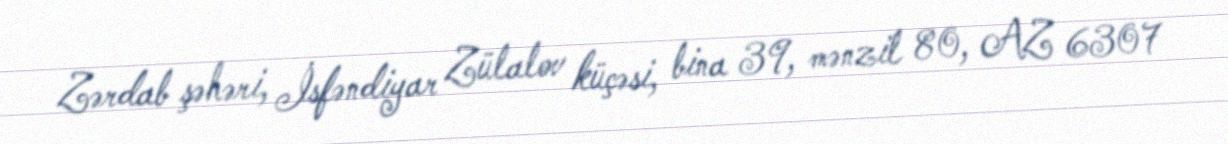
Zərdab şəhəri, İsfəndiyar Zülalov küçəsi, bina 39, mənzil 80, AZ 6307